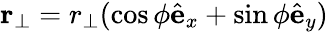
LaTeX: {\mathbf r}_{\perp}=r_{\perp}(\cos{\phi}\hat{\mathbf e}_{x}+\sin{\phi}\hat{\mathbf e}_{y})